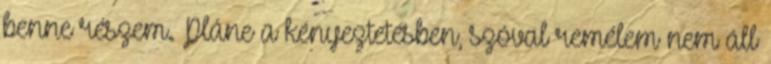
benne részem. Pláne a kényeztetésben, szóval remélem nem áll